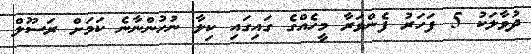
ދުވާލަކު 5 ފަހަރު ފެންވަރާ މީހެއްގެ ގައިގައި ކިލާ ނުހުންނާނެ ކަމަށް ރަސޫލް